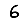
Digit: 6